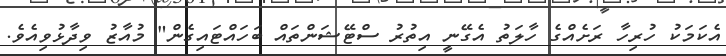
އެކަމަކު ހުރިހާ ރަށެއްގެ ހާލަތު އެގޭނީ އިތުރު ސްޓޭޝަންތައް ބަހައްޓައިގެން" މުއާޒު ވިދާޅުވިއެވެ.